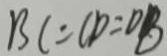
B C = C D = D B